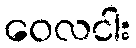
ဝေလငါး